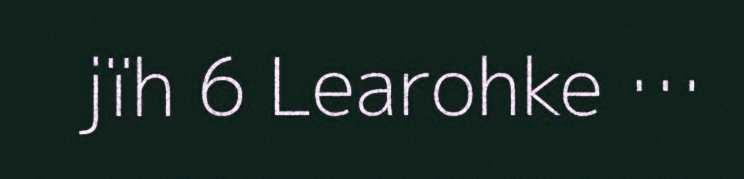
jïh 6 Learohke …